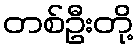
တစ်ဦးတို့